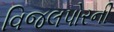
વિજલપોરની